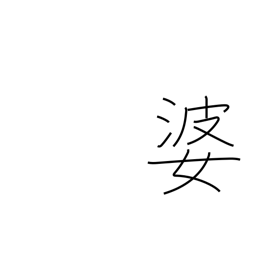
Meaning: grandma